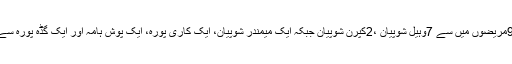
انہوں نے کہا کہ9مریضوں میں سے 7وہیل شوپیان ،2کپرن شوپیان جبکہ ایک میمندر شوپیان، ایک کاری پورہ، ایک پوش ہامہ اور ایک گڈہ پورہ سے تعلق رکھتا ہے۔